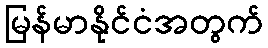
မြန်မာနိုင်ငံအတွက်